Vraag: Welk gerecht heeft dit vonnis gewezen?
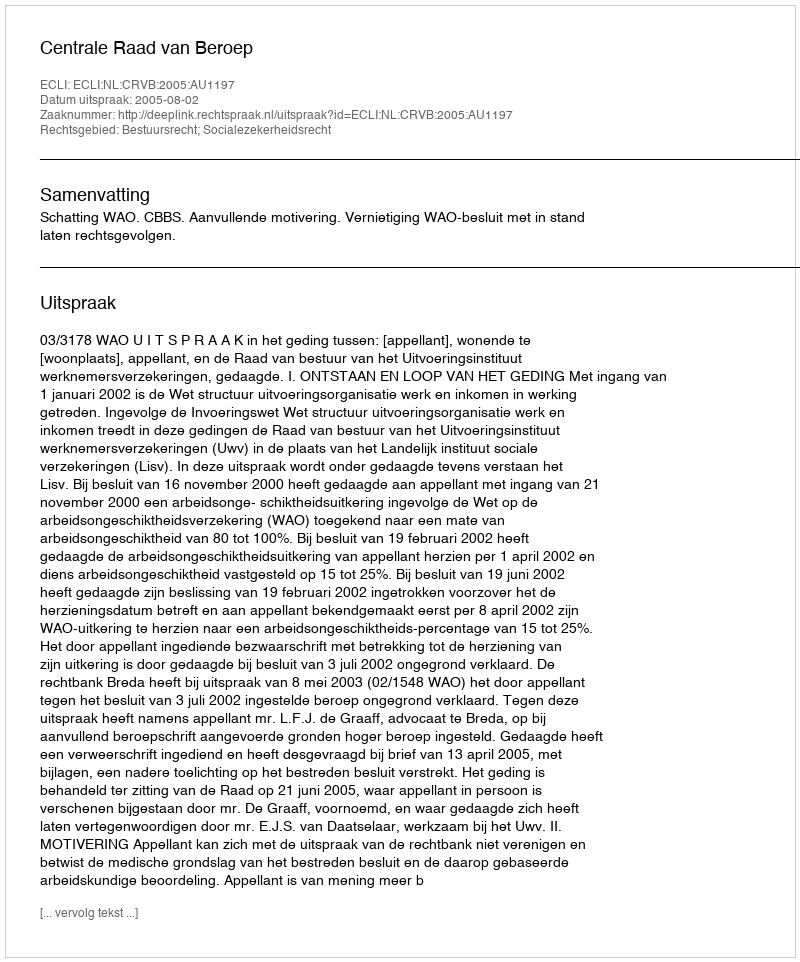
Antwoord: Centrale Raad van Beroep